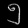
Digit: ၅